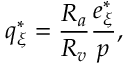
q _ { \xi } ^ { * } = \frac { R _ { a } } { R _ { v } } \frac { e _ { \xi } ^ { * } } { p } ,